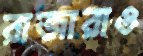
রাজারাও